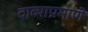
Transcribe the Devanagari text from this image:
दाव्याप्रमाणे